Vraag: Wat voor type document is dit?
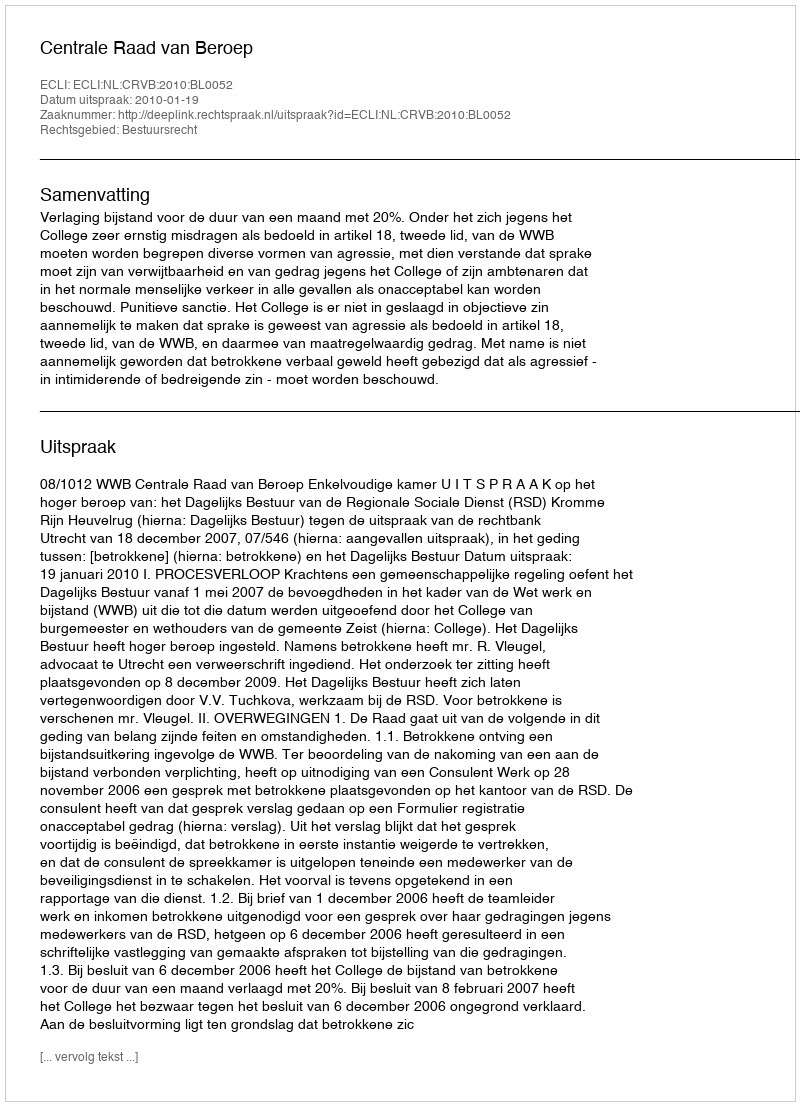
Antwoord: Uitspraak